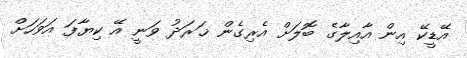
އޭޑީކޭ އިން އާއިލާގެ ބޮލަށް އެރިގެން ޚަރަދު ވަނީ އޭ ކިޔާފަ އަވަހަށް